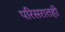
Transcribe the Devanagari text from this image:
परिसरातही